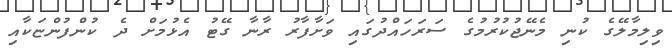
ވިލިމާލޭގެ ކުނި މެނޭޖުކުރުމުގެ ސަރަހައްދުގައި ވަށާފާރު ރާނާ ގޭޓު އެޅުމަށް ދެ ކުންފުންޏަކާއި